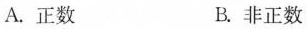
A. 正数 B. 非正数